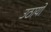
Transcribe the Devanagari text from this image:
उठायो